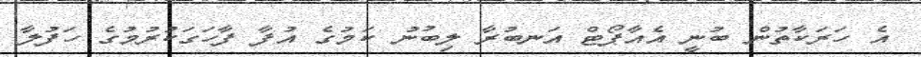
އެ ހަރަކާތުން ބުނީ އެއާޕޯޓް އަނބުރާ ލިބުނު ކަމުގެ އުފާ ފާހަގަކުރުމުގެ ހަފުލާ